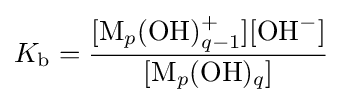
K_{\mathrm {b} }={\frac {[\mathrm {M} _{p}({\ce {OH}})_{q-1}^{+}][{\ce {OH-}}]}{[\mathrm {M} _{p}({\ce {OH}})_{q}]}}